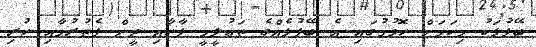
ބޭފުޅަކު މިކަމަށް ހޮވުމުގައި އެ ބޭފުޅެއްގެ ތަޢުލީމީ ފާހާއި ދީން ފެތުރުމާއި ހުރި